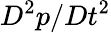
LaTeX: D^{2}p/Dt^{2}